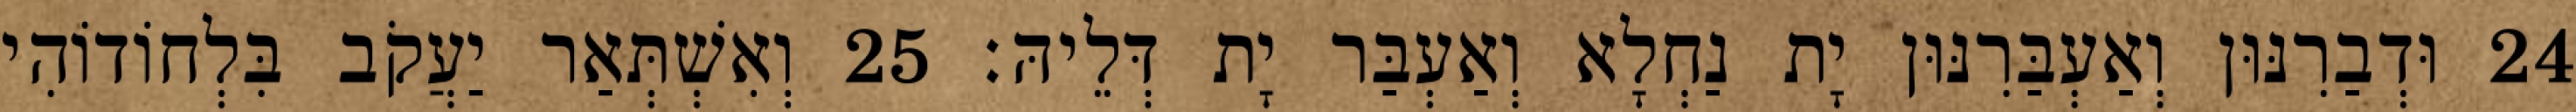
24 וּדְבַרִנּוּן וְאַעְבַּרִנּוּן יָת נַחְלָא וְאַעְבַּר יָת דְּלֵיהּ׃ 25 וְאִשְׁתְּאַר יַעֲקֹב בִּלְחוֹדוֹהִי